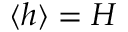
\langle h \rangle = H